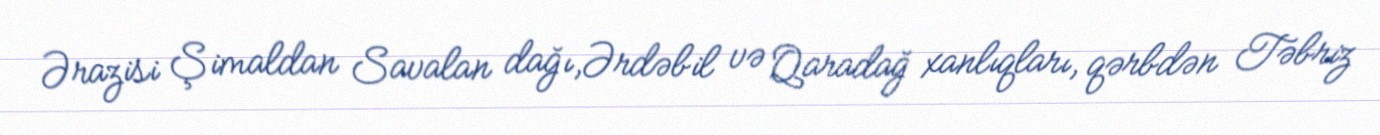
Ərazisi Şimaldan Savalan dağı,Ərdəbil və Qaradağ xanlıqları, qərbdən Təbriz